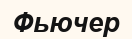
Фьючер